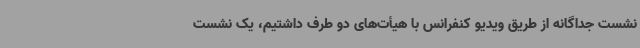
نشست جداگانه از طریق ویدیو کنفرانس با هیأت‌های دو طرف داشتیم، یک نشست